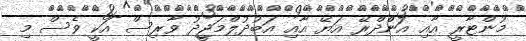
މުންޓާރީ އާއި އަންްދްރޭ އަޔޭ އާއި އަބުދުލްމަޖީދު ވާރިސް އަކީ ވެސް މި